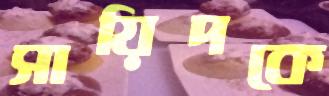
সায়িদকে